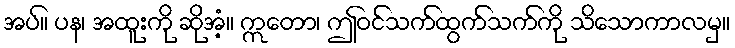
အပ်။ ပန၊ အထူးကို ဆိုအံ့။ ဣတော၊ ဤဝင်သက်ထွက်သက်ကို သိသောကာလမှ။